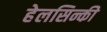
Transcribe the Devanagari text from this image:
हेलसिन्की